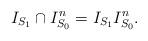
LaTeX: \begin{align*}I_{S_1}\cap I_{S_0}^n=I_{S_1} I^n_{S_0}. \end{align*}